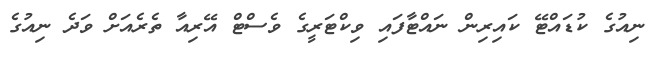
ނިއުގެ ކުޑައްޓޭ ކައިރިން ނައްޓާފައި ވިކްޓަރީގެ ވެސްޓް އޭރިއާ ތެރެއަށް ވަދެ ނިއުގެ